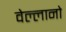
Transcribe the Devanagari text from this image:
वेल्लानो